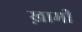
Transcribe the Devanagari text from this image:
ख़ामी